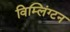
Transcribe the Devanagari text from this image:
विम्लिंग्टन